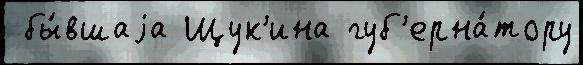
 бы́вшаjа Щук'ина губ'ерна́тору